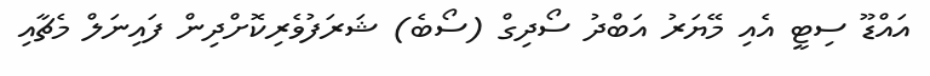
އައްޑޫ ސިޓީ އެއި މޭޔަރު އަބްދު ސޯދިގް (ސޯބެ) ޝަރަފުވެރިކޮށްދިން ފައިނަލް މެޗާއި